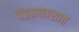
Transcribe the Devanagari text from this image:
चंद्रप्रकाशात